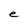
Character: e